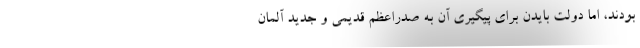
بودند، اما دولت بایدن برای پیگیری آن به صدراعظم قدیمی و جدید آلمان